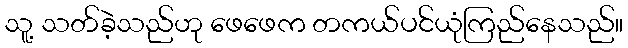
သူ့ သတ်ခဲ့သည်ဟု ဖေဖေက တကယ်ပင်ယုံကြည်နေသည်။